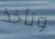
وتأخذ